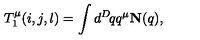
T _ { 1 } ^ { \mu } ( i , j , l ) = \int d ^ { D } \! q q ^ { \mu } { \bf N } ( q ) ,